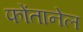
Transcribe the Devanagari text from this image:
फोंतानेल